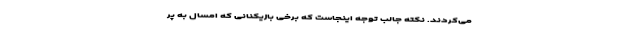
می‌کردند. نکته جالب توجه اینجاست که برخی بازیکنانی که امسال به پر